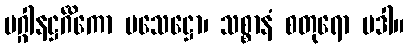
မဂ္ဂါနဋ္ဌင်္ဂိကော မသေဋ္ဌော၊ သစ္စာနံ စတုရော ပဒါ။